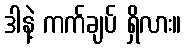
ဒါနဲ့ ကက်ချပ် ရှိလား။